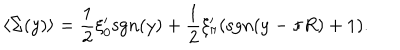
\langle \Sigma ( y ) \rangle = { \frac { 1 } { 2 } } \xi _ { 0 } ^ { \prime } \mathrm { s g n } ( y ) + { \frac { 1 } { 2 } } \xi _ { \pi } ^ { \prime } ( \mathrm { s g n } ( y - \pi R ) + 1 ) .